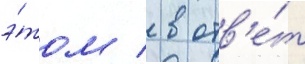
э́том / в отв'е́т